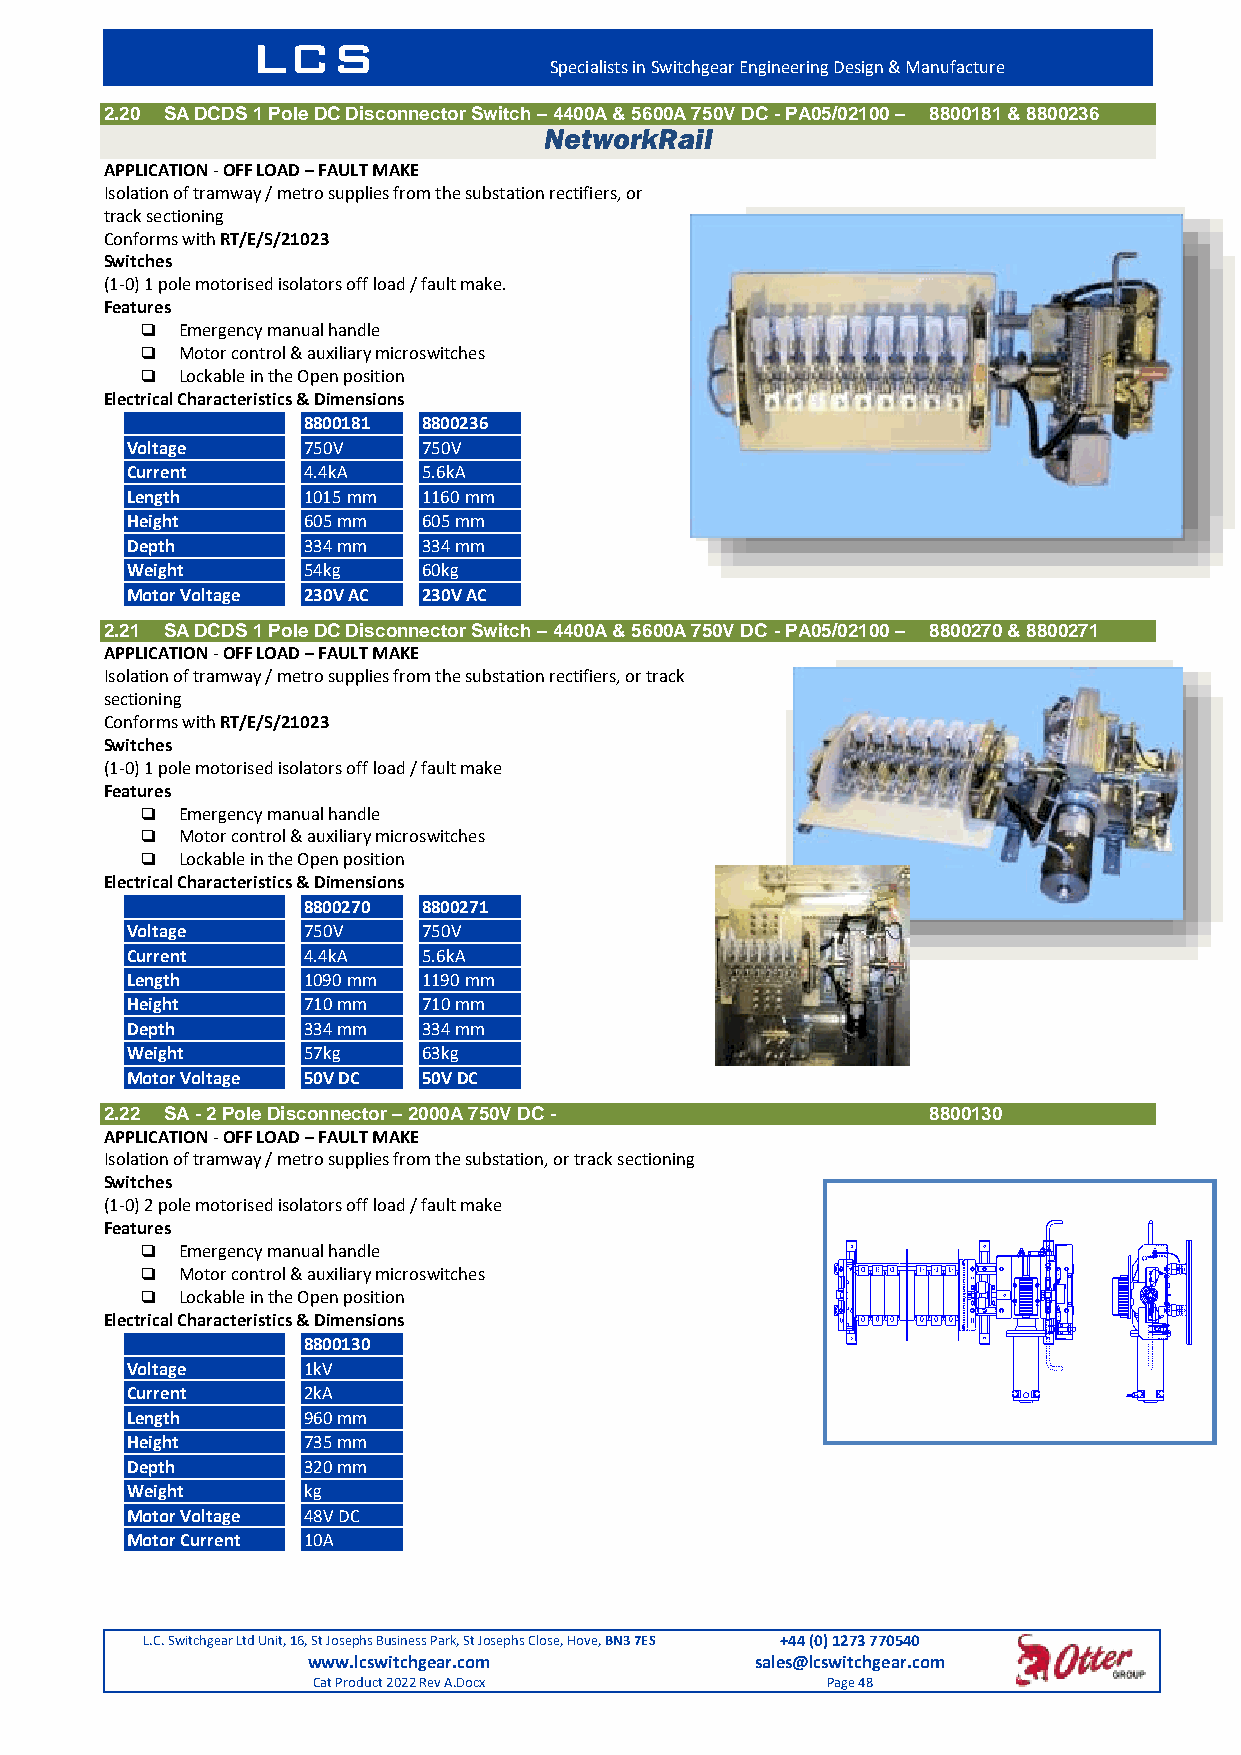
LCS
 Specialists in Switchgear Engineering Design & Manufacture
 2.20 SA DCDS 1 Pole DC Disconnector Switch – 4400A & 5600A 750V DC - PA05/02100 – 8800181 & 8800236
 NetworkRail
 APPLICATION - OFF LOAD – FAULT MAKE
 Isolation of tramway / metro supplies from the substation rectifiers, or
 track sectioning
 Conforms with RT/E/S/21023
 Switches
 (1-0) 1 pole motorised isolators off load / fault make.
 Features
   Emergency manual handle
   Motor control & auxiliary microswitches
   Lockable in the Open position
 Electrical Characteristics & Dimensions
 8800181 8800236
 Voltage     750V    750V
 Current     4.4kA   5.6kA
 Length      1015 mm 1160 mm
 Height      605 mm  605 mm
 Depth       334 mm  334 mm
 Weight      54kg    60kg
 Motor Voltage 230V AC 230V AC
 2.21 SA DCDS 1 Pole DC Disconnector Switch – 4400A & 5600A 750V DC - PA05/02100 – 8800270 & 8800271
 APPLICATION - OFF LOAD – FAULT MAKE
 Isolation of tramway / metro supplies from the substation rectifiers, or track
 sectioning
 Conforms with RT/E/S/21023
 Switches
 (1-0) 1 pole motorised isolators off load / fault make
 Features
   Emergency manual handle
   Motor control & auxiliary microswitches
   Lockable in the Open position
 Electrical Characteristics & Dimensions
 8800270 8800271
 Voltage     750V    750V
 Current     4.4kA   5.6kA
 Length      1090 mm 1190 mm
 Height      710 mm  710 mm
 Depth       334 mm  334 mm
 Weight      57kg    63kg
 Motor Voltage 50V DC 50V DC
 2.22 SA - 2 Pole Disconnector – 2000A 750V DC -       8800130
 APPLICATION - OFF LOAD – FAULT MAKE
 Isolation of tramway / metro supplies from the substation, or track sectioning
 Switches
 (1-0) 2 pole motorised isolators off load / fault make
 Features
   Emergency manual handle
   Motor control & auxiliary microswitches
   Lockable in the Open position
 Electrical Characteristics & Dimensions
 8800130
 Voltage     1kV
 Current     2kA
 Length      960 mm
 Height      735 mm
 Depth       320 mm
 Weight      kg
 Motor Voltage 48V DC
 Motor Current 10A
 L.C. Switchgear Ltd Unit, 16, St Josephs Business Park, St Josephs Close, Hove, BN3 7ES +44 (0) 1273 770540
 www.lcswitchgear.com          sales@lcswitchgear.com
 Cat Product 2022 Rev A.Docx       Page 48